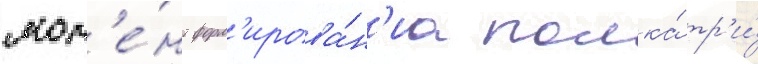
мом'е́нт форм'ирова́н'иа полка́ тр'и́